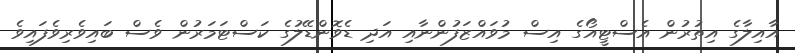
އާއިލާގެ އިތުރުން އެސްޓީއޯގެ އިސް މުވައްޒަފުންނާއި އަދި ޑެވޮންޑޭލުގެ ކަސްޓަމަރުން ވެސް ބައިވެރިވެފައިވެ